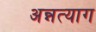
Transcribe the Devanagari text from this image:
अन्नत्याग